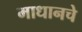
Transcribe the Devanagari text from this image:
माधानचे